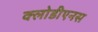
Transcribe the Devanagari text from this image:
क्लोडीएनस